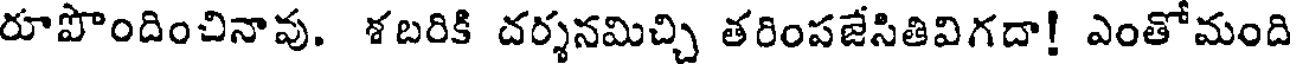
రూపొందించినావు. శబరికి దర్శనమిచ్చి తరింపజేసితివిగదా! ఎంతోమంది